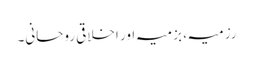
رزمیہ، بزمیہ اور اخلاقی روحانی۔